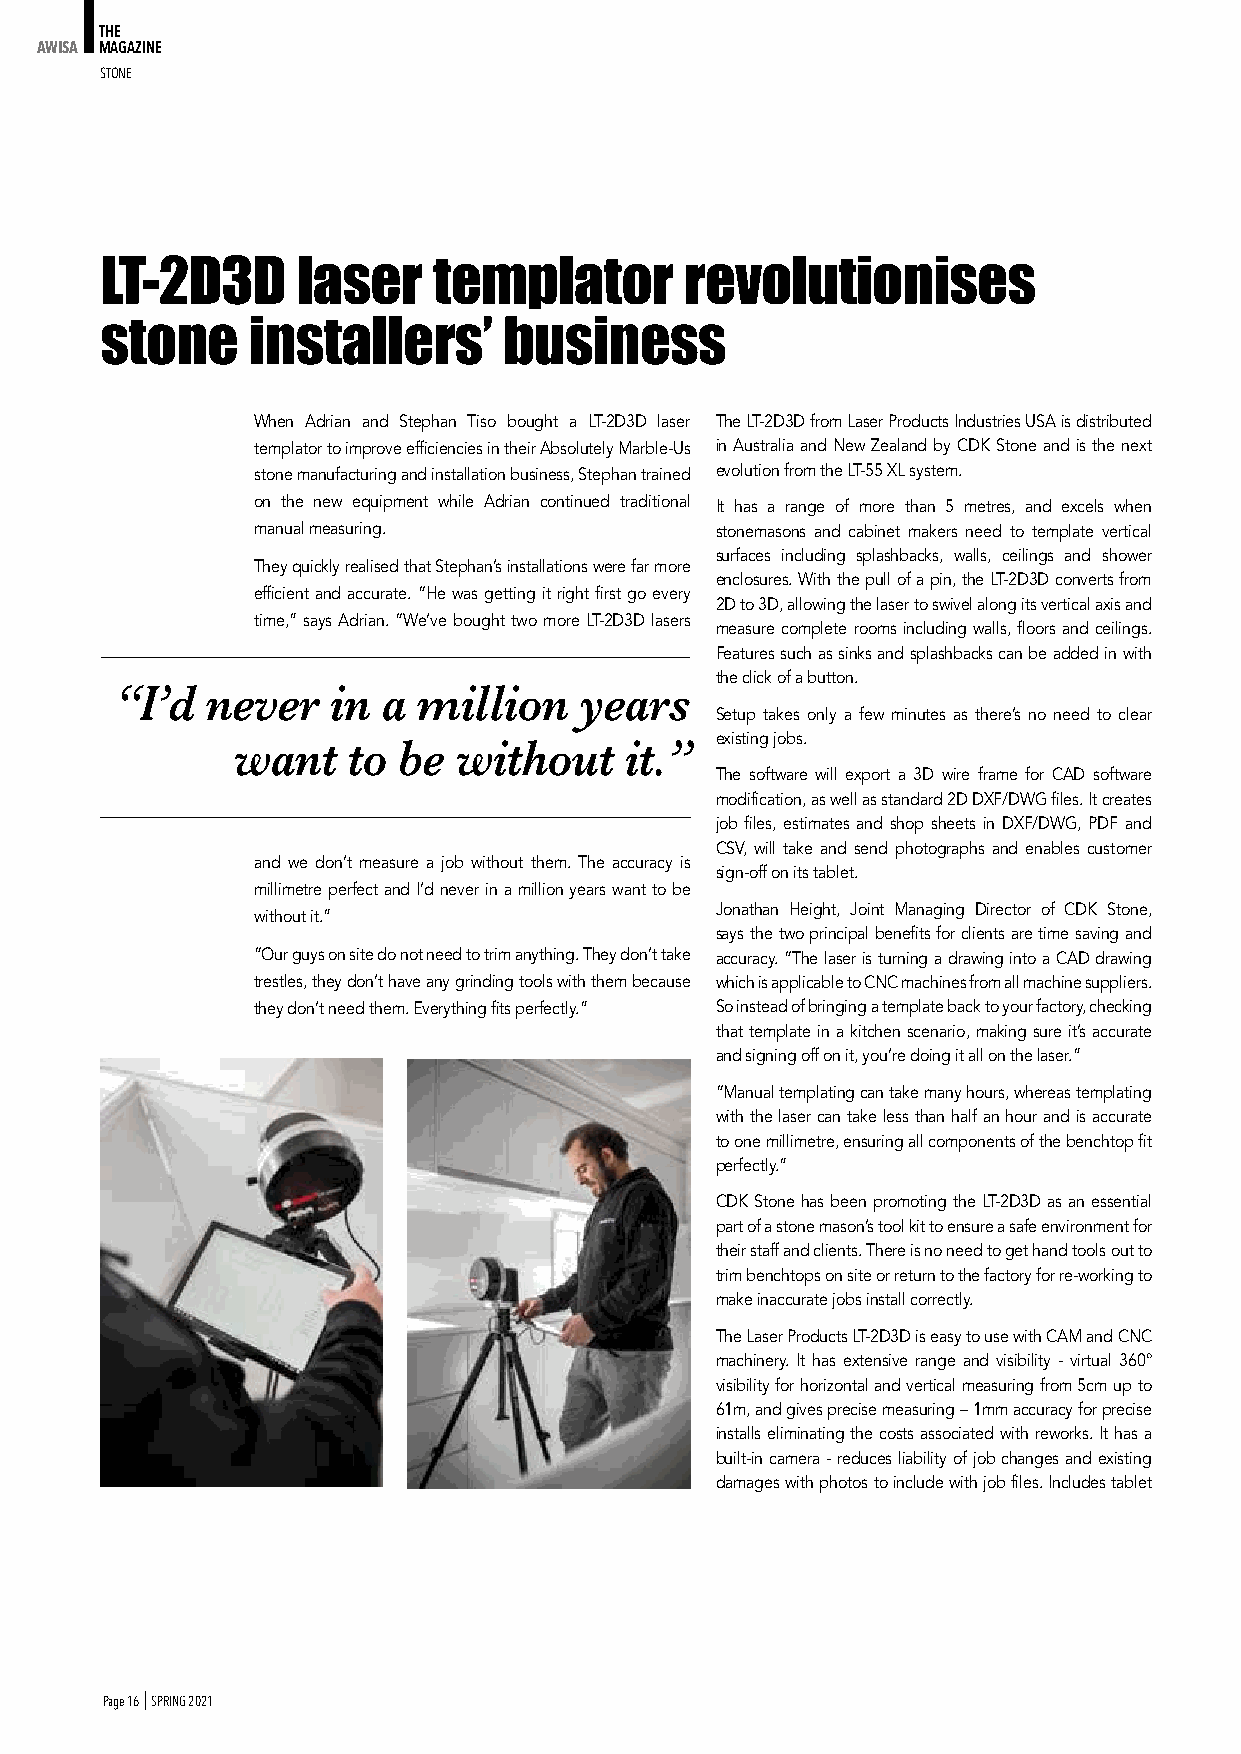
THE
 AWISA MAGAZINE
 StoNe
 LT-2D3D      laser    templator       revolutionises
 stone    installers’      business
 When Adrian and Stephan Tiso bought a LT-2D3D laser The LT-2D3D from Laser Products Industries USA is distributed
 templator to improve efficiencies in their Absolutely Marble-Us in Australia and New Zealand by CDK Stone and is the next
 stone manufacturing and installation business, Stephan trained evolution from the LT-55 XL system.
 on the new equipment while Adrian continued traditional It has a range of more than 5 metres, and excels when
 manual measuring.             stonemasons and cabinet makers need to template vertical
 surfaces including splashbacks, walls, ceilings and shower
 They quickly realised that Stephan’s installations were far more
 enclosures. With the pull of a pin, the LT-2D3D converts from
 efficient and accurate. “He was getting it right first go every
 2D to 3D, allowing the laser to swivel along its vertical axis and
 time,” says Adrian. “We’ve bought two more LT-2D3D lasers
 measure complete rooms including walls, floors and ceilings.
 Features such as sinks and splashbacks can be added in with
 the click of a button.
 “I’d  never   in a  million   years
 Setup takes only a few minutes as there’s no need to clear
 existing jobs.
 want    to be  without    it.”
 The software will export a 3D wire frame for CAD software
 modification, as well as standard 2D DXF/DWG files. It creates
 job files, estimates and shop sheets in DXF/DWG, PDF and
 CSV, will take and send photographs and enables customer
 and we don’t measure a job without them. The accuracy is
 sign-off on its tablet.
 millimetre perfect and I’d never in a million years want to be
 Jonathan Height, Joint Managing Director of CDK Stone,
 without it.”
 says the two principal benefits for clients are time saving and
 “Our guys on site do not need to trim anything. They don’t take accuracy. “The laser is turning a drawing into a CAD drawing
 trestles, they don’t have any grinding tools with them because which is applicable to CNC machines from all machine suppliers.
 they don’t need them. Everything fits perfectly.” So instead of bringing a template back to your factory, checking
 that template in a kitchen scenario, making sure it’s accurate
 and signing off on it, you’re doing it all on the laser.”
 “Manual templating can take many hours, whereas templating
 with the laser can take less than half an hour and is accurate
 to one millimetre, ensuring all components of the benchtop fit
 perfectly.”
 CDK Stone has been promoting the LT-2D3D as an essential
 part of a stone mason’s tool kit to ensure a safe environment for
 their staff and clients. There is no need to get hand tools out to
 trim benchtops on site or return to the factory for re-working to
 make inaccurate jobs install correctly.
 The Laser Products LT-2D3D is easy to use with CAM and CNC
 machinery. It has extensive range and visibility - virtual 360°
 visibility for horizontal and vertical measuring from 5cm up to
 61m, and gives precise measuring – 1mm accuracy for precise
 installs eliminating the costs associated with reworks. It has a
 built-in camera - reduces liability of job changes and existing
 damages with photos to include with job files. Includes tablet
 Page 16 I SPRING 2021